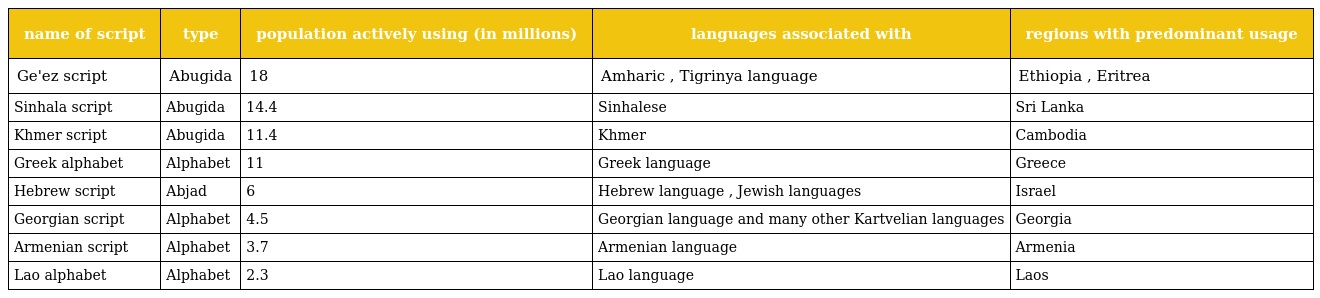
| name of script | type | population actively using (in millions) | languages associated with | regions with predominant usage |
 | --- | --- | --- | --- | --- |
 | Ge'ez script | Abugida | 18 | Amharic , Tigrinya language | Ethiopia , Eritrea |
 | Sinhala script | Abugida | 14.4 | Sinhalese | Sri Lanka |
 | Khmer script | Abugida | 11.4 | Khmer | Cambodia |
 | Greek alphabet | Alphabet | 11 | Greek language | Greece |
 | Hebrew script | Abjad | 6 | Hebrew language , Jewish languages | Israel |
 | Georgian script | Alphabet | 4.5 | Georgian language and many other Kartvelian languages | Georgia |
 | Armenian script | Alphabet | 3.7 | Armenian language | Armenia |
 | Lao alphabet | Alphabet | 2.3 | Lao language | Laos |